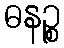
ဓနဉ္စ